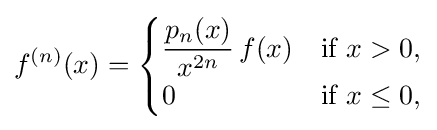
f^{(n)}(x)={\begin{cases}\displaystyle {\frac {p_{n}(x)}{x^{2n}}}\,f(x)&{\text{if }}x>0,\\0&{\text{if }}x\leq 0,\end{cases}}